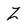
Character: Z